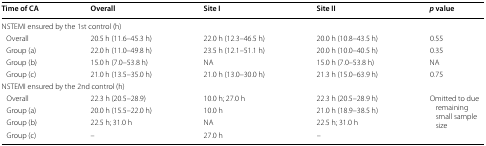
<table><thead><tr><td><b>Time of CA</b></td><td><b>Overall</b></td><td><b>Site I</b></td><td><b>Site II</b></td><td><b><i>p</i> value</b></td></tr></thead><tbody><tr><td colspan="5">NSTEMI ensured by the 1st control (h)</td></tr><tr><td> Overall</td><td>20.5 h (11.6–45.3 h)</td><td>22.0 h (12.3–46.5 h)</td><td>20.0 h (10.8–43.5 h)</td><td>0.55</td></tr><tr><td> Group (a)</td><td>22.0 h (11.0–49.8 h)</td><td>23.5 h (12.1–51.1 h)</td><td>20.0 h (10.0–40.5 h)</td><td>0.35</td></tr><tr><td> Group (b)</td><td>15.0 h (7.0–53.8 h)</td><td>NA</td><td>15.0 h (7.0–53.8 h)</td><td>NA</td></tr><tr><td> Group (c)</td><td>21.0 h (13.5–35.0 h)</td><td>21.0 h (13.0–30.0 h)</td><td>21.3 h (15.0–63.9 h)</td><td>0.75</td></tr><tr><td colspan="5">NSTEMI ensured by the 2nd control (h)</td></tr><tr><td> Overall</td><td>22.3 h (20.5–28.9)</td><td>10.0 h; 27.0 h</td><td>22.3 h (20.5–28.9 h)</td><td rowspan="4">Omitted to due remaining small sample size</td></tr><tr><td> Group (a)</td><td>20.0 h (15.5–22.0 h)</td><td>10.0 h</td><td>21.0 h (18.9–38.5 h)</td></tr><tr><td> Group (b)</td><td>22.5 h; 31.0 h</td><td>NA</td><td>22.5 h; 31.0 h</td></tr><tr><td> Group (c)</td><td>–</td><td>27.0 h</td><td>–</td></tr></tbody></table>